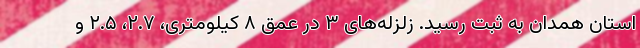
استان همدان به ثبت رسید. زلزله‌های ۳ در عمق ۸ کیلومتری، ۲.۷، ۲.۵ و